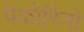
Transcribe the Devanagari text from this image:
पेकोरिनो